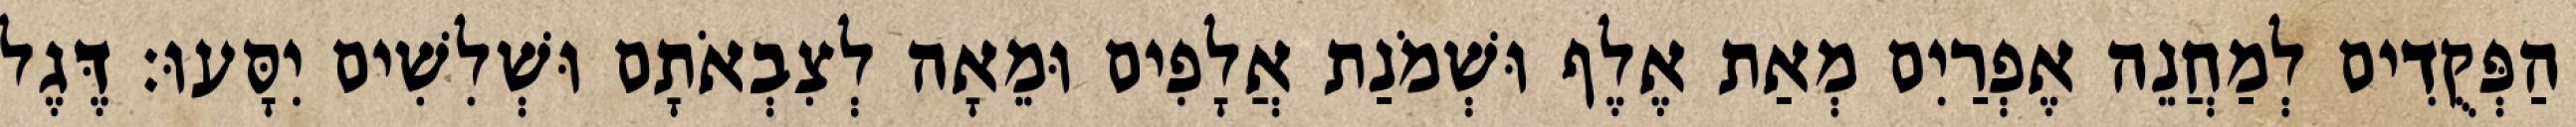
הַפְּקֻדִים לְמַחֲנֵה אֶפְרַיִם מְאַת אֶלֶף וּשְׁמֹנַת אֲלָפִים וּמֵאָה לְצִבְאֹתָם וּשְׁלִשִׁים יִסָּעוּ׃ דֶּגֶל